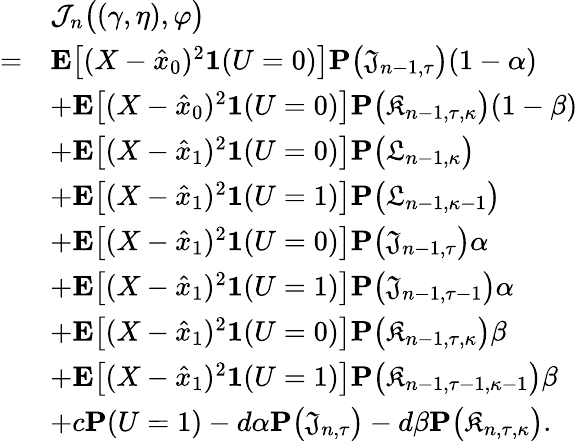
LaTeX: \begin{array}{rl}&{\mathcal{J}_{n}\big((\gamma,\eta),\varphi\big)}\\ {=}&{\mathbf{E}\big[(X-\hat{x}_{0})^{2}\mathbf{1}(U=0)\big]\mathbf{P}\big(\mathfrak{J}_{n-1,\tau}\big)(1-\alpha)}\\ &{+\mathbf{E}\big[(X-\hat{x}_{0})^{2}\mathbf{1}(U=0)\big]\mathbf{P}\big(\mathfrak{K}_{n-1,\tau,\kappa}\big)(1-\beta)}\\ &{+\mathbf{E}\big[(X-\hat{x}_{1})^{2}\mathbf{1}(U=0)\big]\mathbf{P}\big(\mathfrak{L}_{n-1,\kappa}\big)}\\ &{+\mathbf{E}\big[(X-\hat{x}_{1})^{2}\mathbf{1}(U=1)\big]\mathbf{P}\big(\mathfrak{L}_{n-1,\kappa-1}\big)}\\ &{+\mathbf{E}\big[(X-\hat{x}_{1})^{2}\mathbf{1}(U=0)\big]\mathbf{P}\big(\mathfrak{J}_{n-1,\tau}\big)\alpha}\\ &{+\mathbf{E}\big[(X-\hat{x}_{1})^{2}\mathbf{1}(U=1)\big]\mathbf{P}\big(\mathfrak{J}_{n-1,\tau-1}\big)\alpha}\\ &{+\mathbf{E}\big[(X-\hat{x}_{1})^{2}\mathbf{1}(U=0)\big]\mathbf{P}\big(\mathfrak{K}_{n-1,\tau,\kappa}\big)\beta}\\ &{+\mathbf{E}\big[(X-\hat{x}_{1})^{2}\mathbf{1}(U=1)\big]\mathbf{P}\big(\mathfrak{K}_{n-1,\tau-1,\kappa-1}\big)\beta}\\ &{+c\mathbf{P}(U=1)-d\alpha\mathbf{P}\big(\mathfrak{J}_{n,\tau}\big)-d\beta\mathbf{P}\big(\mathfrak{K}_{n,\tau,\kappa}\big).}\end{array}